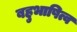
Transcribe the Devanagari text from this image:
बहुभाषित्व